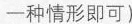
一种情形即可